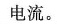
电流。